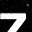
Digit: 7